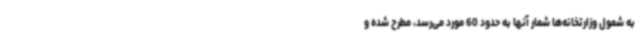
به شمول وزارتخانه‌ها شمار آنها به حدود 60 مورد می‌رسد، مطرح شده و